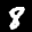
Label: 8